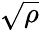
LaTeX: \sqrt{\rho}